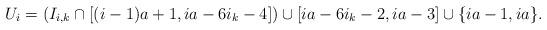
LaTeX: \begin{align*}U_i & = (I_{i,k} \cap [(i-1)a+1, ia-6 i_k -4]) \cup [ia-6 i_k -2, i a -3] \cup \{ ia - 1, i a \}.\end{align*}